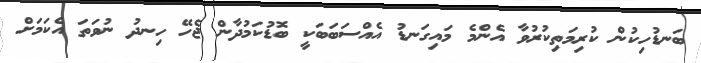
ބަނޑުހިކުން ކުރިމަތިކުރުވާ އެންމެ މައިގަނޑު އެއްސަބަބަކީ ބޮޑުކަމުދާން ޖެހޭ ހިނދު ނުވަތަ އެކަމަށް